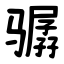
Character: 骣